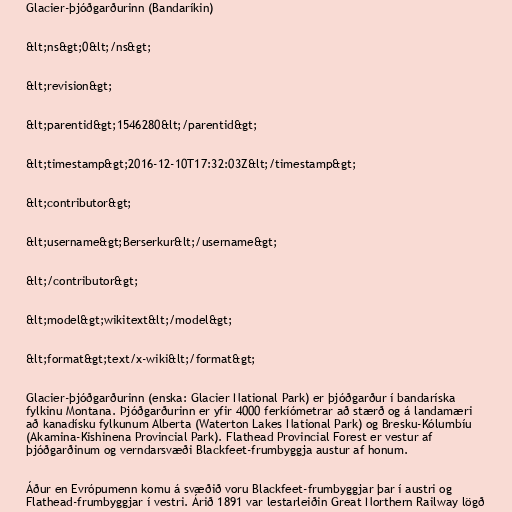
Glacier-þjóðgarðurinn (Bandaríkin)

&lt;ns&gt;0&lt;/ns&gt;

&lt;revision&gt;

&lt;parentid&gt;1546280&lt;/parentid&gt;

&lt;timestamp&gt;2016-12-10T17:32:03Z&lt;/timestamp&gt;

&lt;contributor&gt;

&lt;username&gt;Berserkur&lt;/username&gt;

&lt;/contributor&gt;

&lt;model&gt;wikitext&lt;/model&gt;

&lt;format&gt;text/x-wiki&lt;/format&gt;

Glacier-þjóðgarðurinn (enska: Glacier National Park) er þjóðgarður í bandaríska
fylkinu Montana. Þjóðgarðurinn er yfir 4000 ferkíómetrar að stærð og á landamæri
að kanadísku fylkunum Alberta (Waterton Lakes National Park) og Bresku-Kólumbíu
(Akamina-Kishinena Provincial Park). Flathead Provincial Forest er vestur af
þjóðgarðinum og verndarsvæði Blackfeet-frumbyggja austur af honum.

Áður en Evrópumenn komu á svæðið voru Blackfeet-frumbyggjar þar í austri og
Flathead-frumbyggjar í vestri. Árið 1891 var lestarleiðin Great Northern Railway lögð